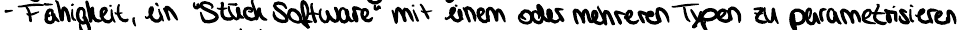
- Fähigkeit, ein "Stück Software" mit einem oder mehreren Typen zu parametrisieren